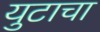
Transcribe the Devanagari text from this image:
युटाचा